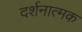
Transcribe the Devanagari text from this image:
दर्शनात्मक